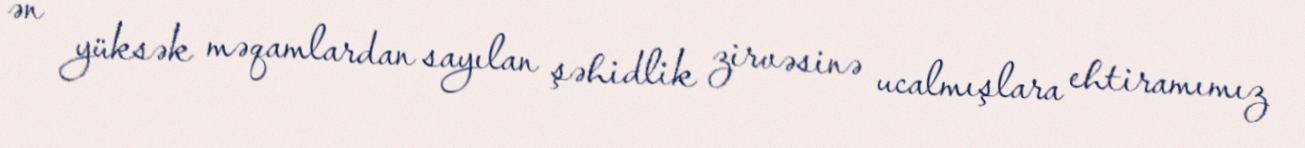
ən yüksək məqamlardan sayılan şəhidlik zirvəsinə ucalmışlara ehtiramımız